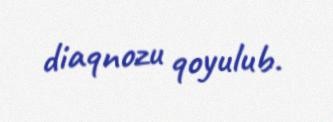
diaqnozu qoyulub.